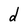
Character: d